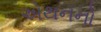
એથનનો